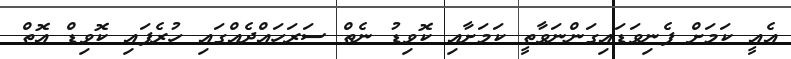
އެއީ ކަމަށް ފެނިވަޑައިގަންނަވާތީ ކަމަށާއި ކޮވިޑު ނެތް ސަރަހައްދެއްގައި ހުރެފައި ކޮވިޑް އޮތް